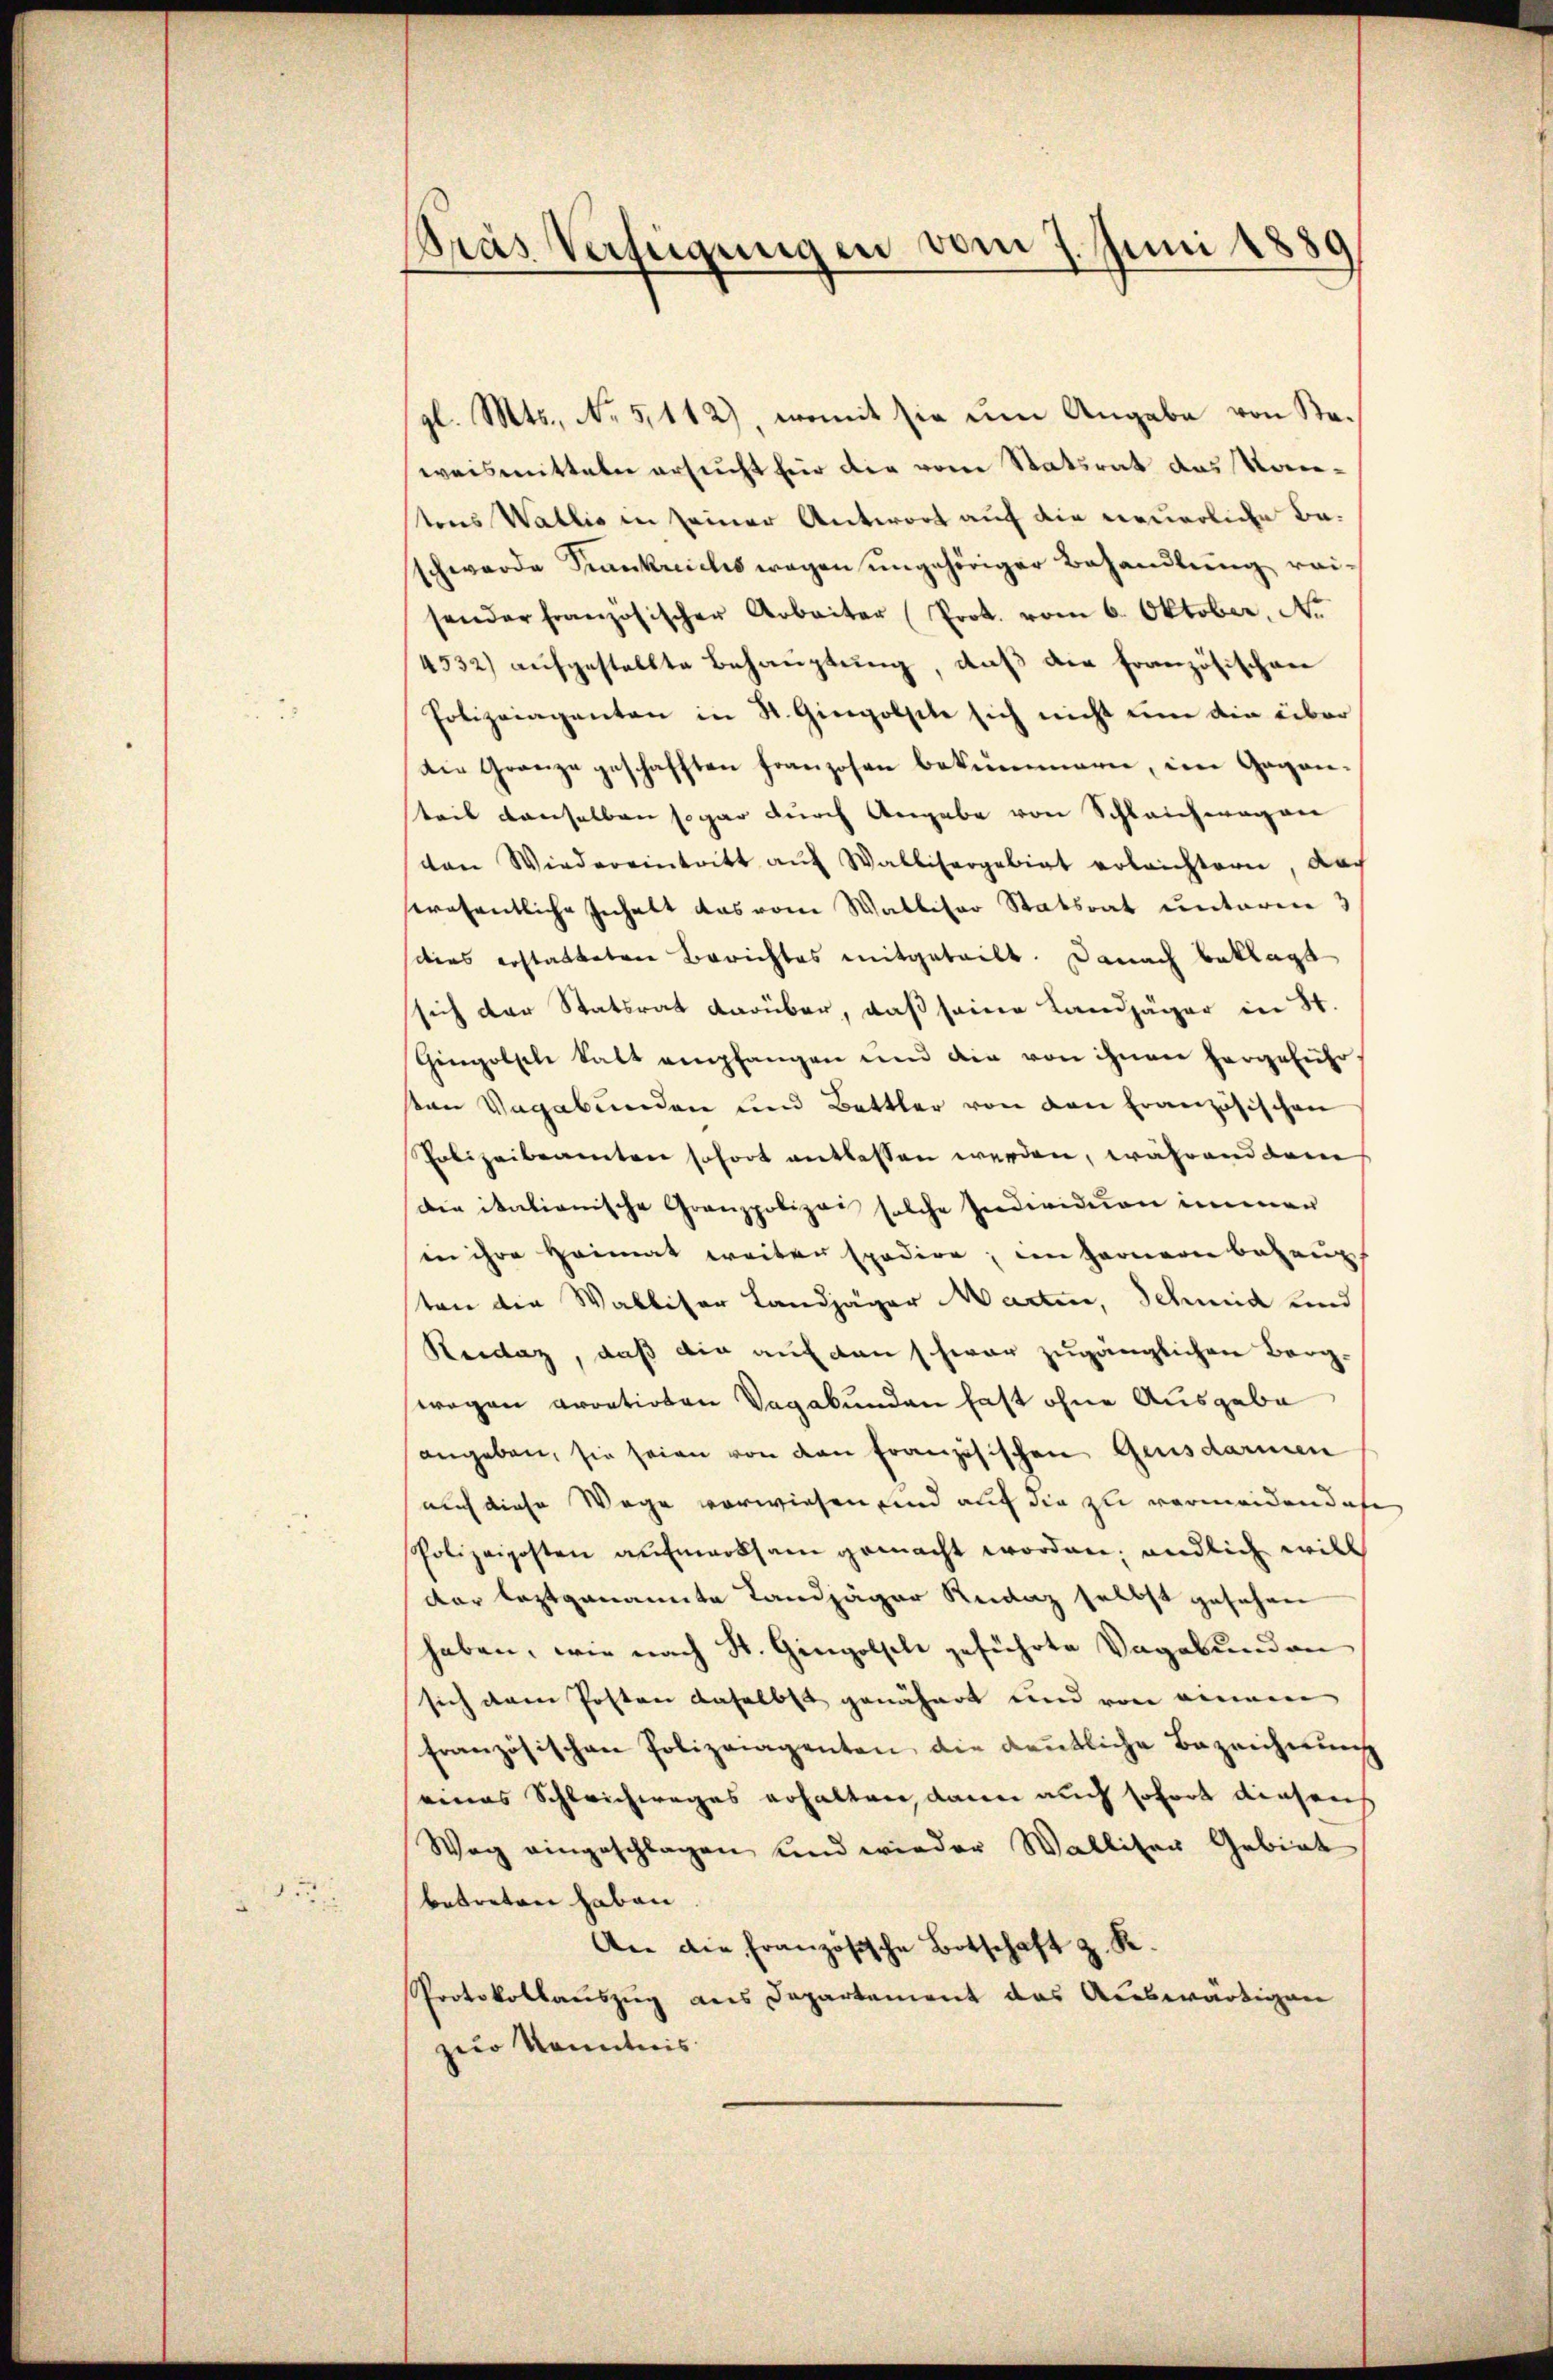
152

tias Verfeigungen vom 7. Juni 1889

gl. Mts., No 5,112), womit sie um Angabe von Staweismitteln ersucht für die vom Statsrat das Kontens Wallis in seiner Antwort auf die neuerliche Beschwerde Krankreichs wegen ungehöriger Behandlung reisender französischer Arbeiter (Prot. vom 6. Oktober, No.
4532) aufgestellte Behauptung, daß die Französischen
Polizeiaganten in St. Gingolsete sich nicht um die über
die Granze geschafften Franzosen bekümmern, im Gegenteil denselben sogar durch Angabe von Schleichwagen
von Wiedereintritt auf Wallisergebiet erleichtern, dach
röfentliche Inhalt das vom Walliser Statsrat unterm 3
dies erstatteten Berichtes mitgeteilt. Danach beklagt
sich der Statsrat darüber, daß seine Landjäger in St.
Gingolsche kalt empfangen und die von ihnen hergeführ
ten Vagabunden und Bettler von den Französischen
Polizeibeamten sofort entlassen werden, während dem
Die italienische Granzpolizei solche Individuen immer
in ihre Heimat weiten Epodire, im ferneren Behaupt
ten die Walliser Landjäger Marten, Schmid und
Reidaz, daß die auf den schwar zugänglichen Bergwegen arretirten Vagabunden hast ohne Ausgabe
angeben, sie seien von den Französischen Gensdarmen
auch diese Wege vorwiesen und auf die zu vermeiden dahe
Polizeiposten aufmerksam gemacht worden; endlich will
dar leztgenannte Landjäger Redaz selbst gesehen
haben, wie nach St. Gingolsel geführte Vagabunden
sich dem Posten daselbst genähet und von niemen
französischen Polizeiagenten, die kenntliche Bezeichnung
eines Schleichwages erhalten, dann auch sofort diesens
Weg eingeschlagen und wieder Walliter Gebiet
betreten haben
An die Französische Botschaft z. R.
Protokollauszug des Departement das Auswärtigen
zur Kenntnis